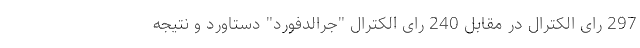
297 رای الکترال در مقابل 240 رای الکترال "جرالدفورد" دستاورد و نتیجه